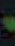
.